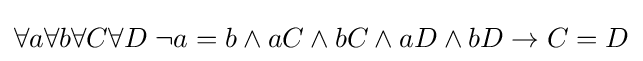
\forall a\forall b\forall C\forall D\;\lnot a=b\land aC\land bC\land aD\land bD\rightarrow C=D